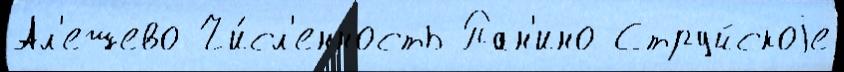
Ал'ешево Чи́сл'енность Пан'ино Струйскоjе